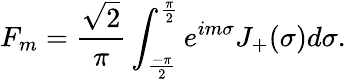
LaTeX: F_{m}=\frac{\sqrt{2}}{\pi}\int_{\frac{-\pi}{2}}^{\frac{\pi}{2}}e^{im\sigma}J_{+}(\sigma)d\sigma.